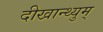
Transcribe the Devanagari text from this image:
दीखान्थ्युम्